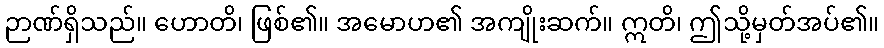
ဉာဏ်ရှိသည်။ ဟောတိ၊ ဖြစ်၏။ အမောဟ၏ အကျိုးဆက်။ ဣတိ၊ ဤသို့မှတ်အပ်၏။